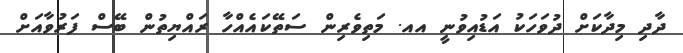
ދާދި މިދާކަށް ދުވަހަކު އަޑުއިވުނީ އއ. މަތިވެރިން ސަތޭކައެއްހާ ރައްޔިތުން ބޭސް ފަރުވާއަށް